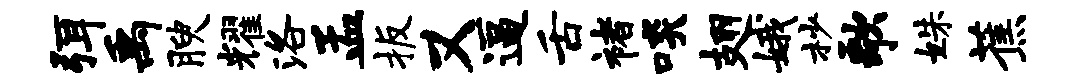
弭禹腴耀洛孟扳又逼舌褚啖翅娥杪歌姝蕉